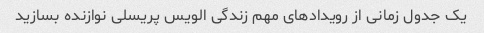
یک جدول زمانی از رویدادهای مهم زندگی الویس پریسلی نوازنده بسازید